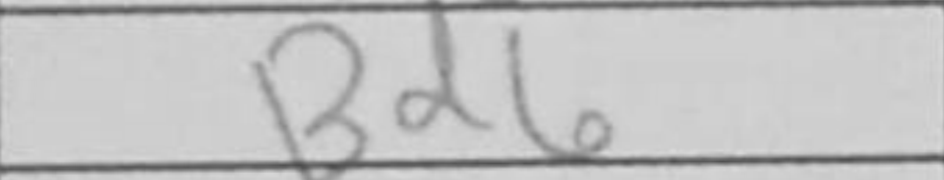
Transcription: Bd6